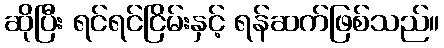
ဆိုပြီး ရင်ရင်ငြိမ်းနှင့် ရန်ဆက်ဖြစ်သည်။